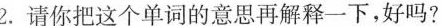
2.请你把这个单词的意思再解释一下，好吗?